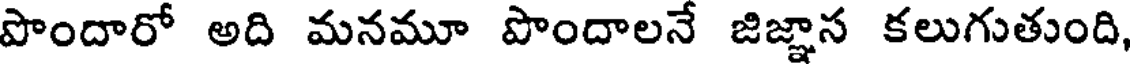
పొందారో అది మనమూ పొందాలనే జిజ్ఞాన కలుగుతుంది,